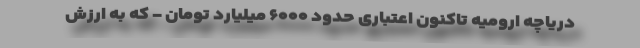
دریاچه ارومیه تاکنون اعتباری حدود ۶۰۰۰ میلیارد تومان - که به ارزش